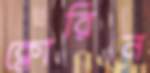
ক্লোরিন